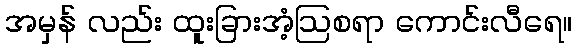
အမှန် လည်း ထူးခြားအံ့ဩစရာ ကောင်းလီရေ။